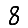
Digit: 8